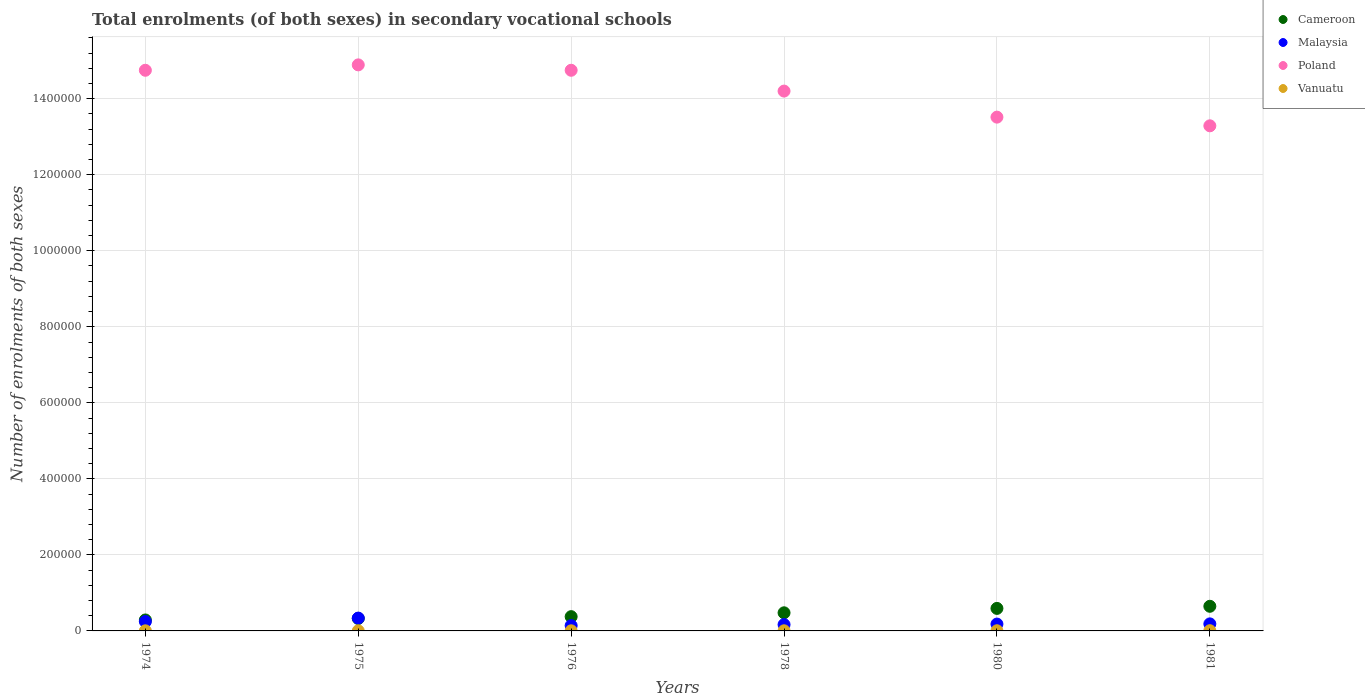
| Years | Cameroon | Malaysia | Poland | Vanuatu |
 | --- | --- | --- | --- | --- |
 | 1974 | 2.88e+04 | 2.46e+04 | 1.47e+06 | 279 |
 | 1975 | 3.27e+04 | 3.37e+04 | 1.49e+06 | 242 |
 | 1976 | 3.75e+04 | 1.4e+04 | 1.47e+06 | 308 |
 | 1978 | 4.77e+04 | 1.67e+04 | 1.42e+06 | 363 |
 | 1980 | 5.92e+04 | 1.8e+04 | 1.35e+06 | 456 |
 | 1981 | 6.48e+04 | 1.85e+04 | 1.33e+06 | 597 |